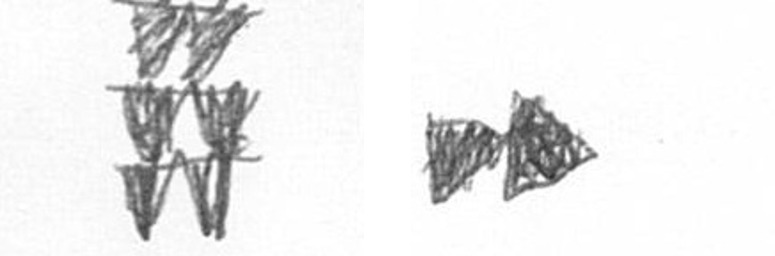
Y A